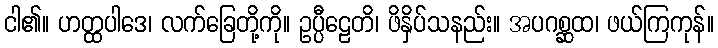
ငါ၏။ ဟတ္ထပါဒေ၊ လက်ခြေတို့ကို။ ဥပ္ပီဠေတိ၊ ဖိနှိပ်သနည်း။ အပဂစ္ဆထ၊ ဖယ်ကြကုန်။